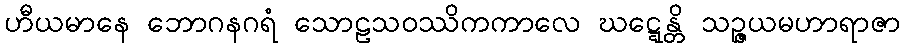
ဟီယမာနေ ဘောဂနဂရံ သောဠသဝဿိကကာလေ ဃဋ္ဋေန္တိ သဉ္ဇယမဟာရာဇာ